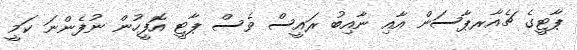
ޕާޓީގެ ޗެއާރޕާސަން އާއި ނާއިބު ރައީސް ވެސް ޕާޓީ އޮފީހުން ނުފެންނަ ކަމީ